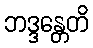
ဘဒ္ဒန္တေတိ